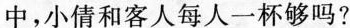
中，小倩和客人每人一杯够吗?